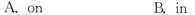
A.on B.in